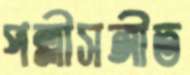
পল্লীসঙ্গীত